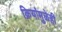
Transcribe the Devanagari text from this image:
क्रियांमुळेही